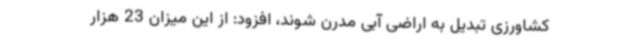
کشاورزی تبدیل به اراضی آبی مدرن شوند، افزود: از این میزان 23 هزار